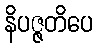
နိပဇ္ဇတိပေ